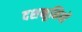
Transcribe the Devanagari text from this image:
दशभूमियों